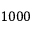
1 0 0 0